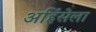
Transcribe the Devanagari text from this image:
अहिंसेला